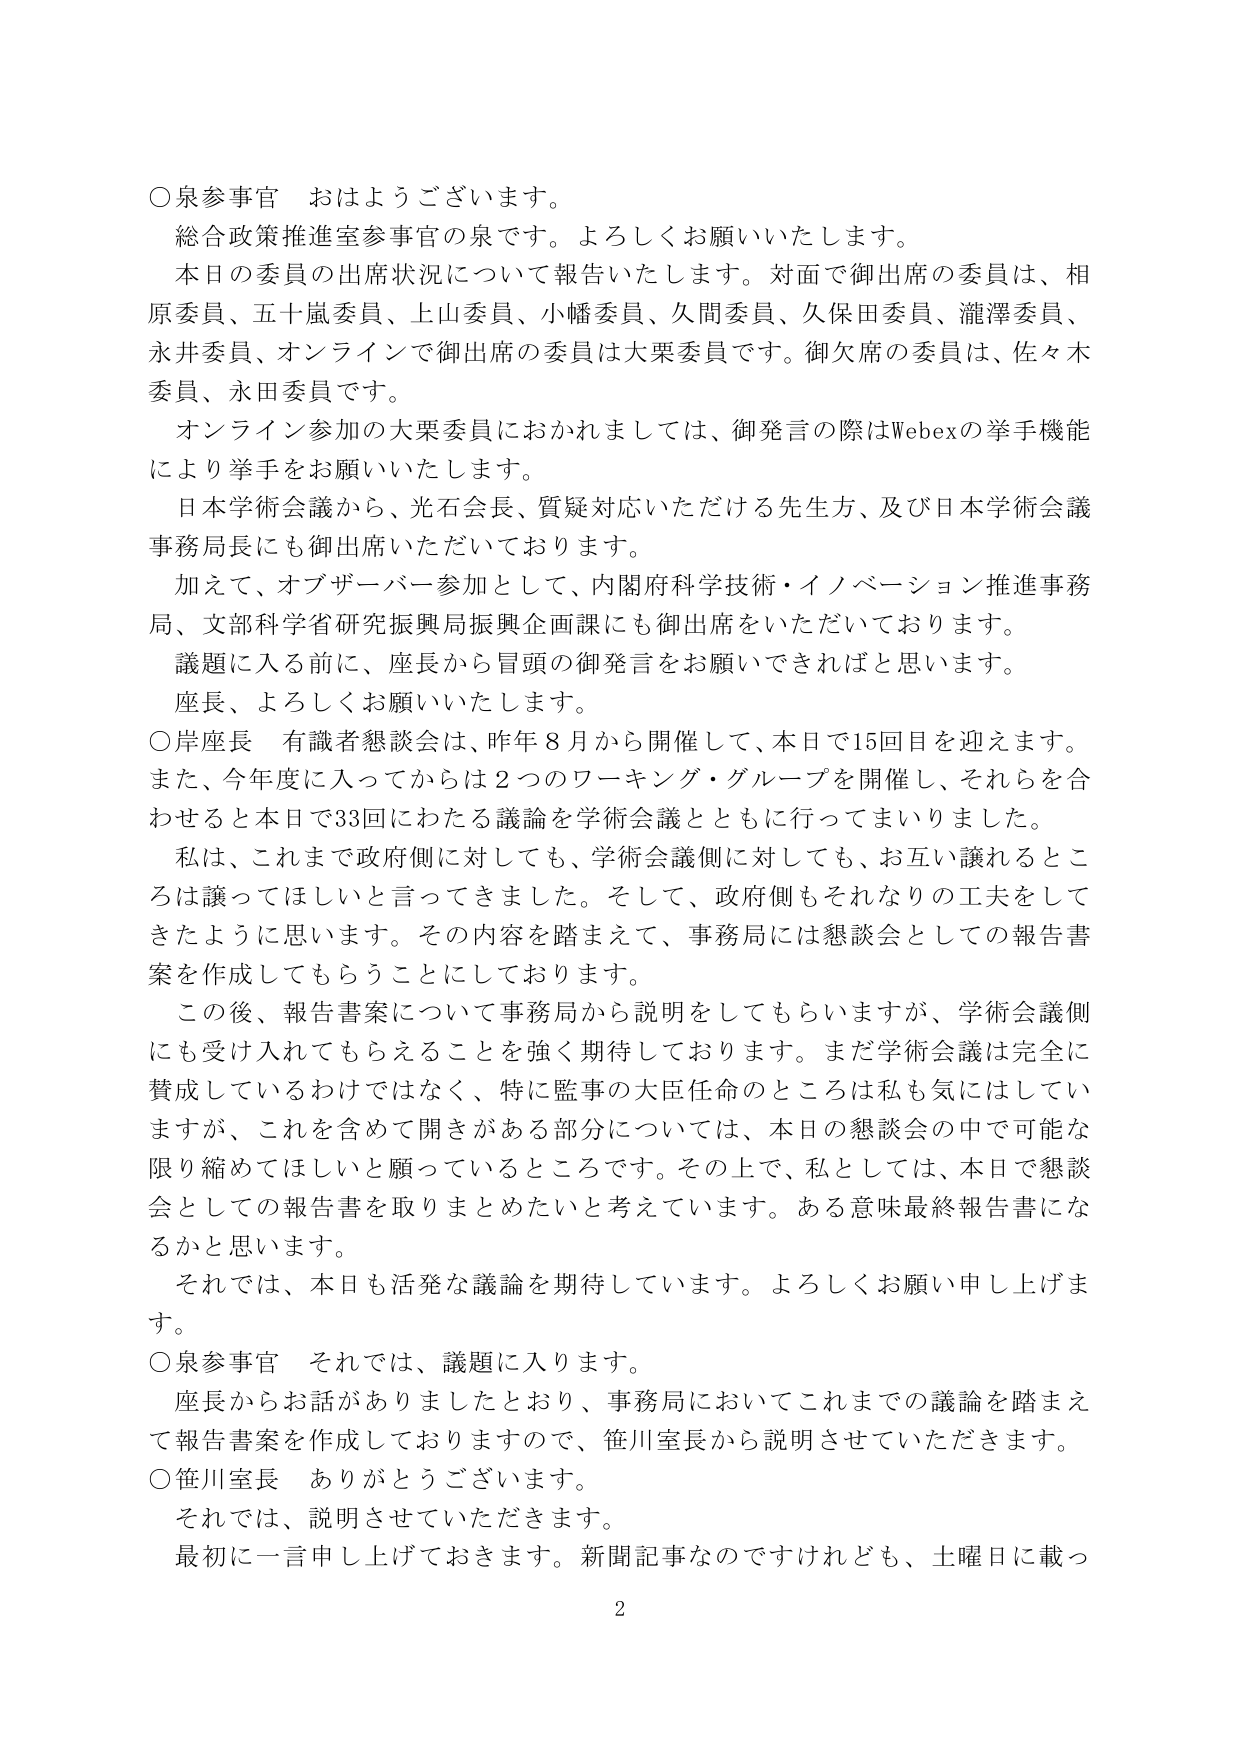
○泉参事官　おはようございます。
総合政策推進室参事官の泉です。よろしくお願いいたします。
本日の委員の出席状況について報告いたします。対面で御出席の委員は、相原委員、五十嵐委員、上山委員、小幡委員、久間委員、久保田委員、瀧澤委員、永井委員、オンラインで御出席の委員は大栗委員です。御欠席の委員は、佐々木委員、永田委員です。
オンライン参加の大栗委員におかれましては、御発言の際はWebexの挙手機能により挙手をお願いいたします。
日本学術会議から、光石会長、質疑対応いただける先生方、及び日本学術会議事務局長にも御出席いただいております。
加えて、オブザーバー参加として、内閣府科学技術・イノベーション推進事務局、文部科学省研究振興局振興企画課にも御出席をいただいております。
議題に入る前に、座長から冒頭の御発言をお願いできればと思います。
座長、よろしくお願いいたします。
○岸座長　有識者懇談会は、昨年８月から開催して、本日で15回目を迎えます。また、今年度に入ってからは２つのワーキング・グループを開催し、それらを合わせると本日で33回にわたる議論を学術会議とともにやってまいりました。
私は、これまで政府側に対しても、学術会議側に対しても、お互い譲れるところは譲ってほしいと言ってきました。そして、政府側もそれなりの工夫をしてきたように思います。その内容を踏まえて、事務局には懇談会としての報告書案を作成してもらうことにしております。
この後、報告書案について事務局から説明をしてもらいますが、学術会議側にも受け入れてもらえることを強く期待しております。まだ学術会議は完全に賛成しているわけではなく、特に監事の大臣任命のところは私も気にはしていますが、これを含めて開きがある部分については、本日の懇談会の中で可能な限り縮めてほしいと願っているところです。その上で、私としては、本日で懇談会としての報告書を取りまとめたいと考えています。ある意味最終報告書になるかと思います。
それでは、本日も活発な議論を期待しています。よろしくお願い申し上げます。
○泉参事官　それでは、議題に入ります。
座長からお話がありましたとおり、事務局においてこれまでの議論を踏まえて報告書案を作成しておりますので、笹川室長から説明させていただきます。
○笹川室長　ありがとうございます。
それでは、説明させていただきます。
最初に一言申し上げておきます。新聞記事なのですがれども、土曜日に載っ
2